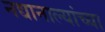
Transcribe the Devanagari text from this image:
नद्यानाल्यांच्या